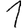
Digit: 1